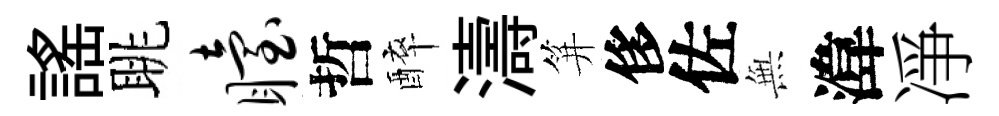
謡眺眙哲醉濤笄侈佐𭴾湋凈